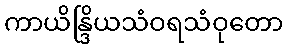
ကာယိန္ဒြိယသံဝရသံဝုတော